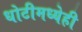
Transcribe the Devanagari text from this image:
धोटीमध्येही